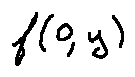
f ( 0 , y )